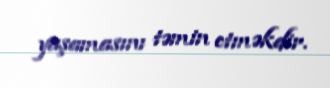
yaşamasını təmin etməkdir.